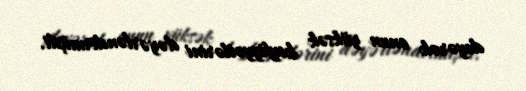
deyərək onun yüksək keyfiyyətlərini dəyərləndirmişdi.